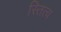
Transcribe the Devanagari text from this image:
स्तित्व